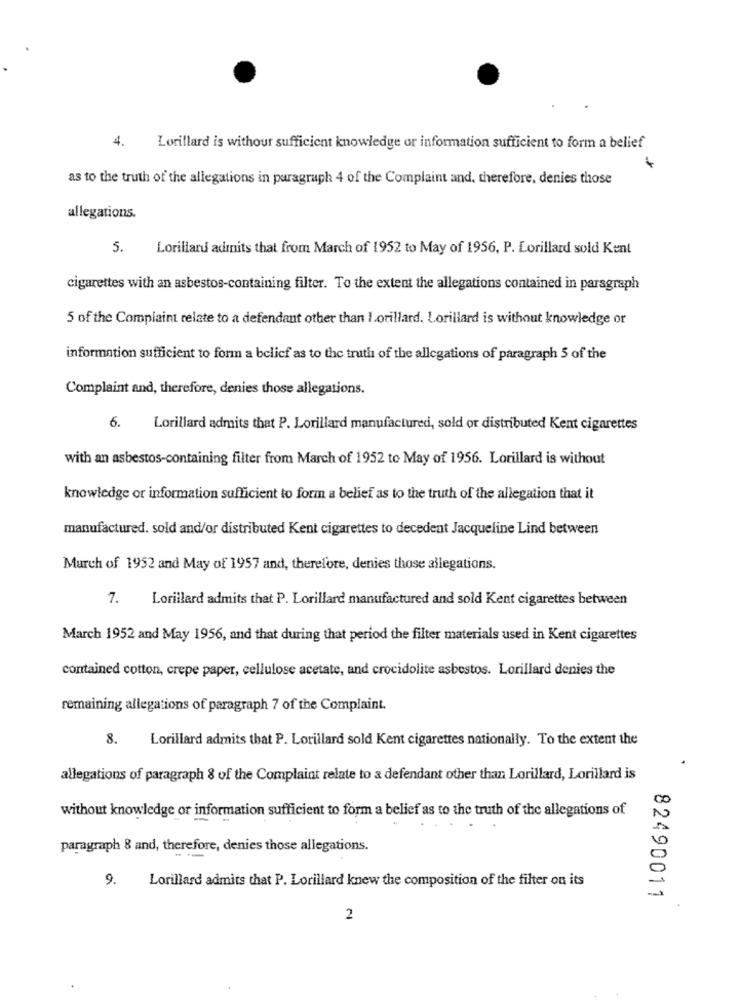
4.
Lorillard is without sufficient knowledge or information sufficient to form a belief
as to the truth of the allegations in paragraph 4 of the Complaint and, therefore, denies those
allegations.
5.
Lorillard admits that from March of 1952 to May of 1956, P. Lorillard sold Kent
cigarettes with an asbestos-containing filter. To the extent the allegations contained in paragraph
5 of the Complaint relate to a defendant other than Lorillard. Lorillard is without knowledge or
information sufficient to form a belief as to the truth of the allegations of paragraph 5 of the
Complaint and, therefore, denies those allegations.
6.
Lorillard admits that P. Lorillard manufactured, sold or distributed Kent cigarettes
with an asbestos-containing filter from March of 1952 to May of 1956. Lorillard is without
knowledge or information sufficient to form a belief as to the truth of the allegation that it
manufactured. sold and/or distributed Kent cigarettes to decedent Jacqueline Lind between
March of 1952 and May of 1957 and, therefore, denies those allegations.
7.
Lorillard admits that P. Lorillard manufactured and sold Kent cigarettes between
March 1952 and May 1956, and that during that period the filter materials used in Kent cigarettes
contained cotton, crepe paper, cellulose acetate, and crocidolite asbestos. Lorillard denies the
remaining allegations of paragraph 7 of the Complaint.
8. Lorillard admits that P. Lorillard sold Kent cigarettes nationally. To the extent the
allegations of paragraph 8 of the Complaint relate to a defendant other than Lorillard, Lorillard is
without knowledge or information sufficient to form a belief as to the truth of the allegations of
paragraph 8 and, therefore, denies those allegations.
9.
Lorillard admits that P. Lorillard knew the composition of the filter on its
82490011
2